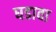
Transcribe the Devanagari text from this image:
घडावा